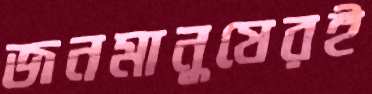
জনমানুষেরই